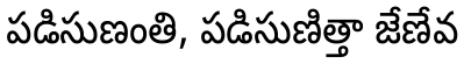
పడిసుణంతి, పడిసుణిత్తా జేణేవ